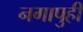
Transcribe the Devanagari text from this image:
नगापुही